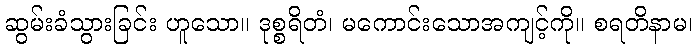
ဆွမ်းခံသွားခြင်း ဟူသော။ ဒုစ္စရိတံ၊ မကောင်းသောအကျင့်ကို။ စရတိနာမ၊